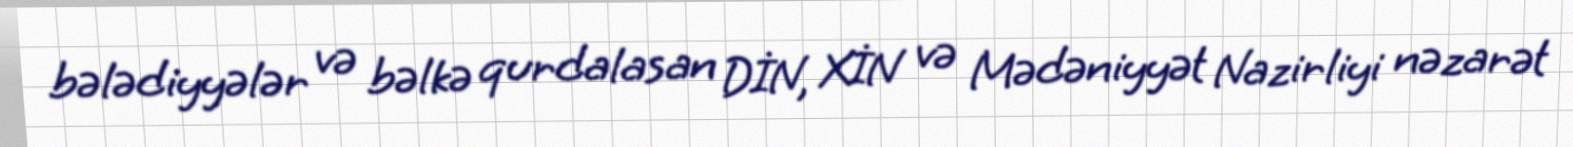
bələdiyyələr və bəlkə qurdalasan DİN, XİN və Mədəniyyət Nazirliyi nəzarət